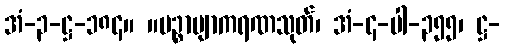
အံ-၃-ဋ္ဌ-၁၈၄။ ။ပဉ္စာဗျာကရဏသုတ်၊ အံ-၄-ပါ-၃၅၅၊ ဋ္ဌ-